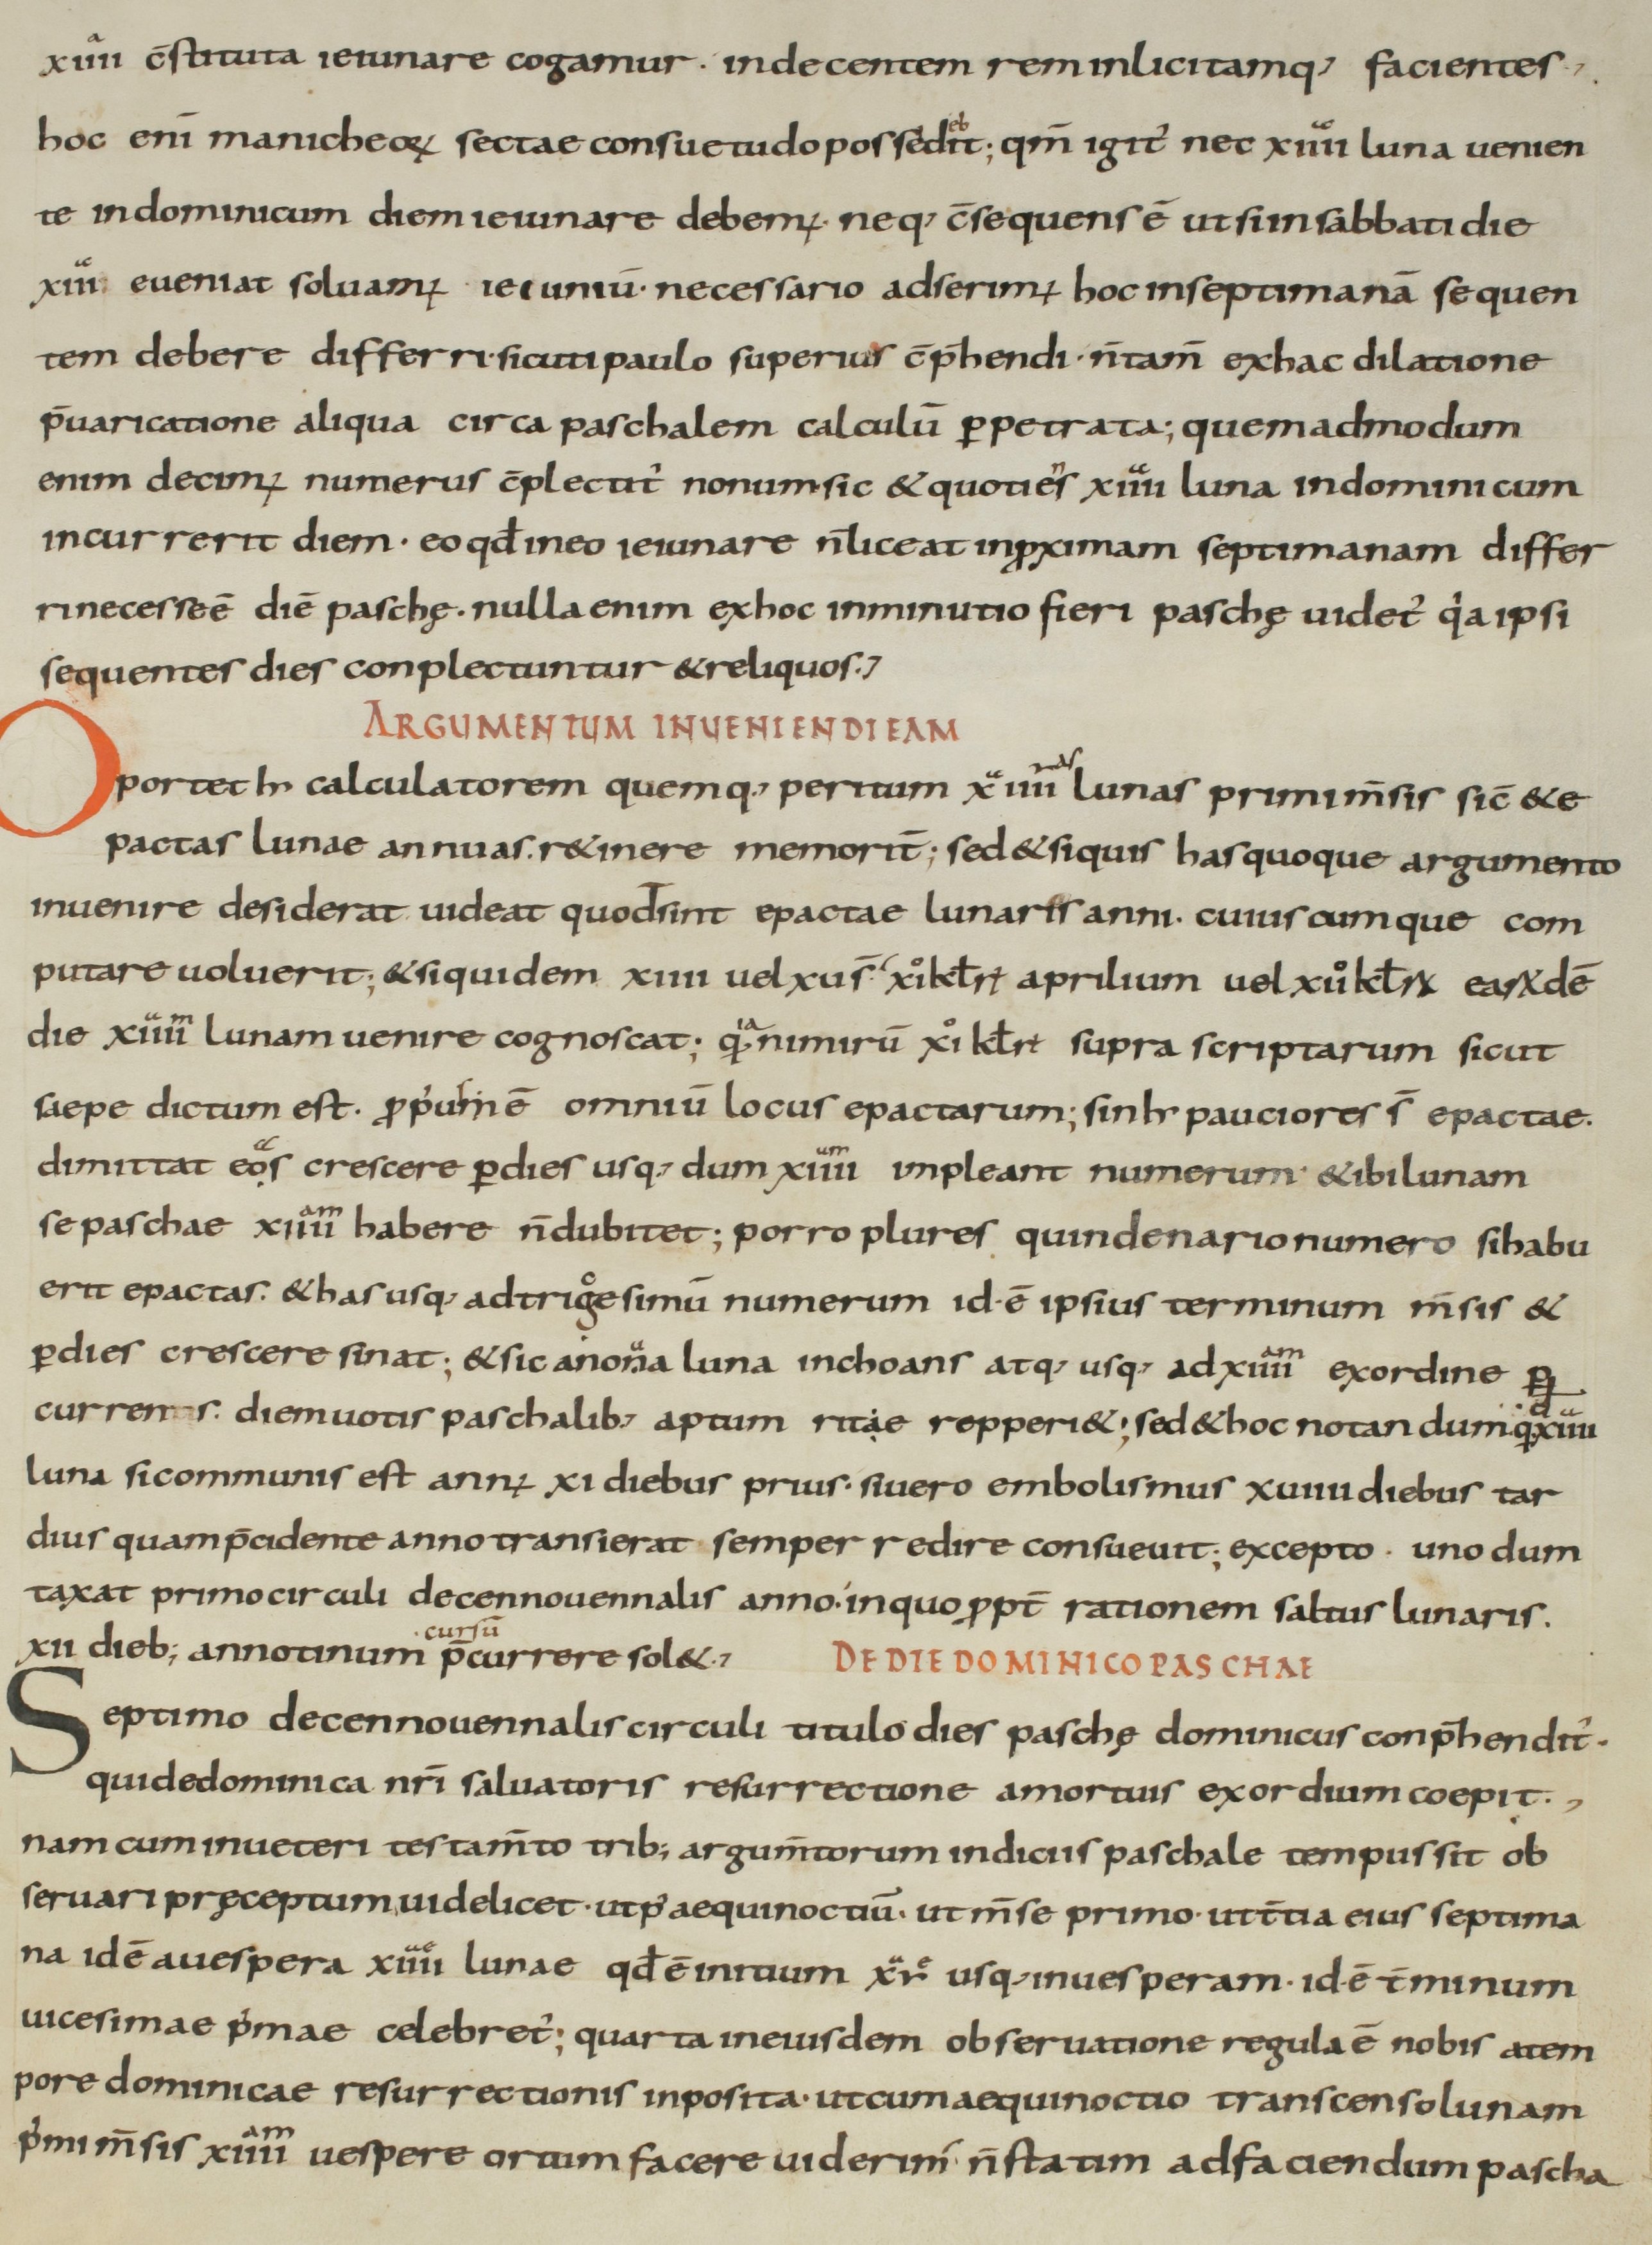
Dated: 800–899